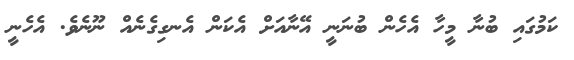
ކަމުގައި ބުނާ މީހާ އެހެން ބުނަނީ އޭނާއަށް އެކަން އެނގިގެނެއް ނޫނެވެ. އެހެނީ